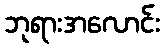
ဘုရားအလောင်း